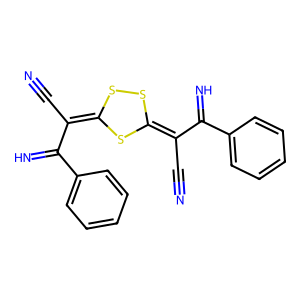
SMILES: N#CC(C(=N)c1ccccc1)=C1SSC(=C(C#N)C(=N)c2ccccc2)S1
Inhibits HIV replication: No